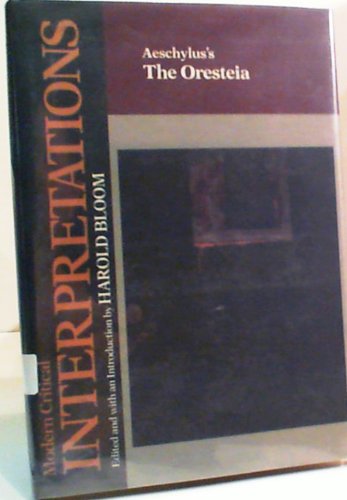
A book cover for Aeschylus's The Oresteia (Bloom's Modern Critical Interpretations); Literature & Fiction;